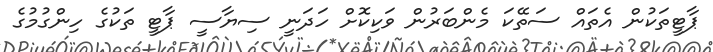
ޕާޓީތަކުން އެތައް ސަތޭކަ މެންބަރުން ވަކިކޮށް ހަދަނީ ސިޔާސީ ޕާޓީ ތަކުގެ ހިންގުމުގެ